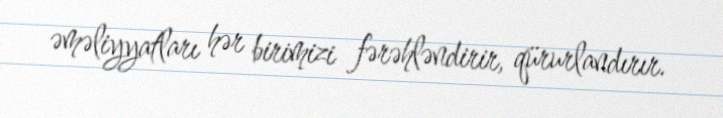
əməliyyatları hər birimizi fərəhləndirir, qürurlandırır.